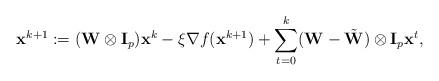
LaTeX: \begin{align*}\mathbf{x}^{k+1} := (\mathbf{W} \otimes \mathbf{I}_p)\mathbf{x}^{k} - \xi \nabla f(\mathbf{x}^{k+1}) + \sum_{t=0}^{k}(\mathbf{W} - \tilde{\mathbf{W}})\otimes \mathbf{I}_p \mathbf{x}^t,\end{align*}